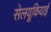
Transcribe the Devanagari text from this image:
सेलयूकियाई